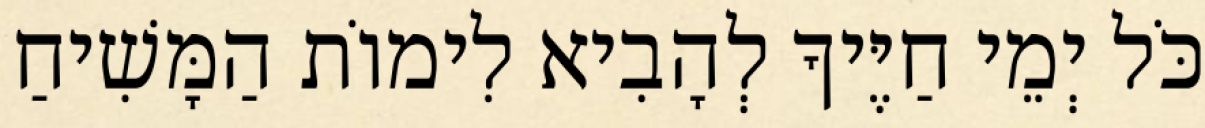
כֹּל יְמֵי חַיֶּיךָ לְהָבִיא לִימוֹת הַמָּשִׁיחַ